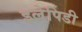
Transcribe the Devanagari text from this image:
इलेपिडी